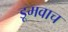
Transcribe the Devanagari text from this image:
डूमवाच